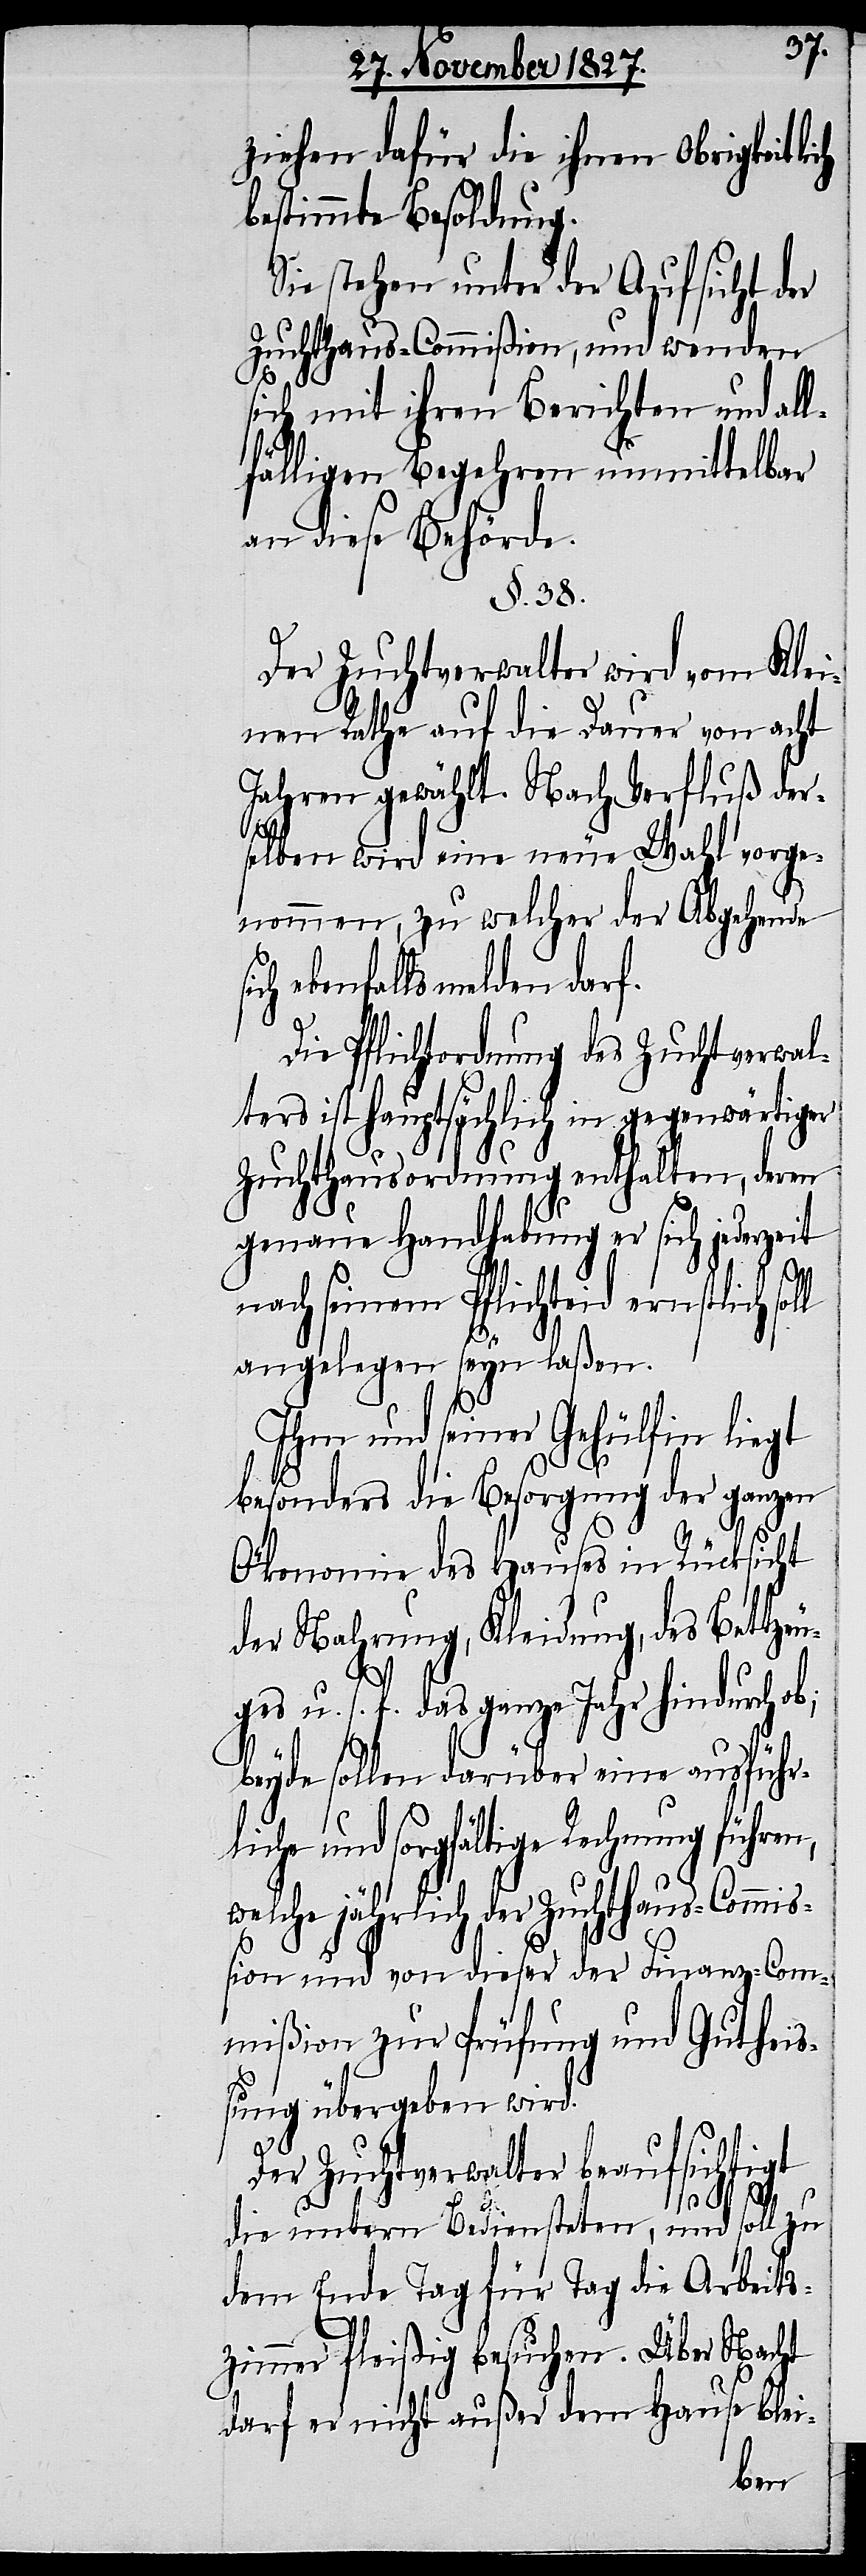
l

ziehen dafür die ihnen Obrigkeitlich
bestimmte Besoldung.
Sie stehen unter der Aufsicht der
Zuchthaus-Commißion, und wenden
sich mit ihren Berichten und all¬
fälligen Begehren unmittelbar
an diese Behörde.
§. 38.
Der Zuchtverwalter wird vom Klei¬
nen Rathe auf die Dauer von acht
Jahren gewählt. Nach Verfluß der¬
selben wird eine neue Wahl vorge¬
nommen, zu welcher der Abgehende
ebenfalls melden darf.
Die Pflichtordnung des Zuchtverwal¬
ters ist hauptsächlich in gegenwärtiger
Zuchthausordnung enthalten, deren
genaue Handhabung er sich jederzeit
nach seinem Pflichteid ernstlich sol¬
angelegen seyn laßen.
Ihm und seinen Gehülfen liegt
besonders die Besorgung der ganzen
Ökonomie des Hauses in Rücksicht
der Nahrung, Kleidung, des Bettze¬
uges u. s. f. das ganze Jahr hindurch ob;
beyde sollen darüber eine ausführl¬
iche und sorgfältige Rechnung
welche jährlich der Zuchthaus-Commiß¬
ion und von dieser der Finanz-Com¬
mißion zur Prüfung und Guthei¬
ßung übergeben wird.
Der Zuchtverwalter beaufsichtigt
die untern Bediensteten, und soll zu
dem Ende Tag für Tag die Arbeits¬
zimmer fleißig besuchen. Über Nacht
darf er nicht außer dem Hause blei-